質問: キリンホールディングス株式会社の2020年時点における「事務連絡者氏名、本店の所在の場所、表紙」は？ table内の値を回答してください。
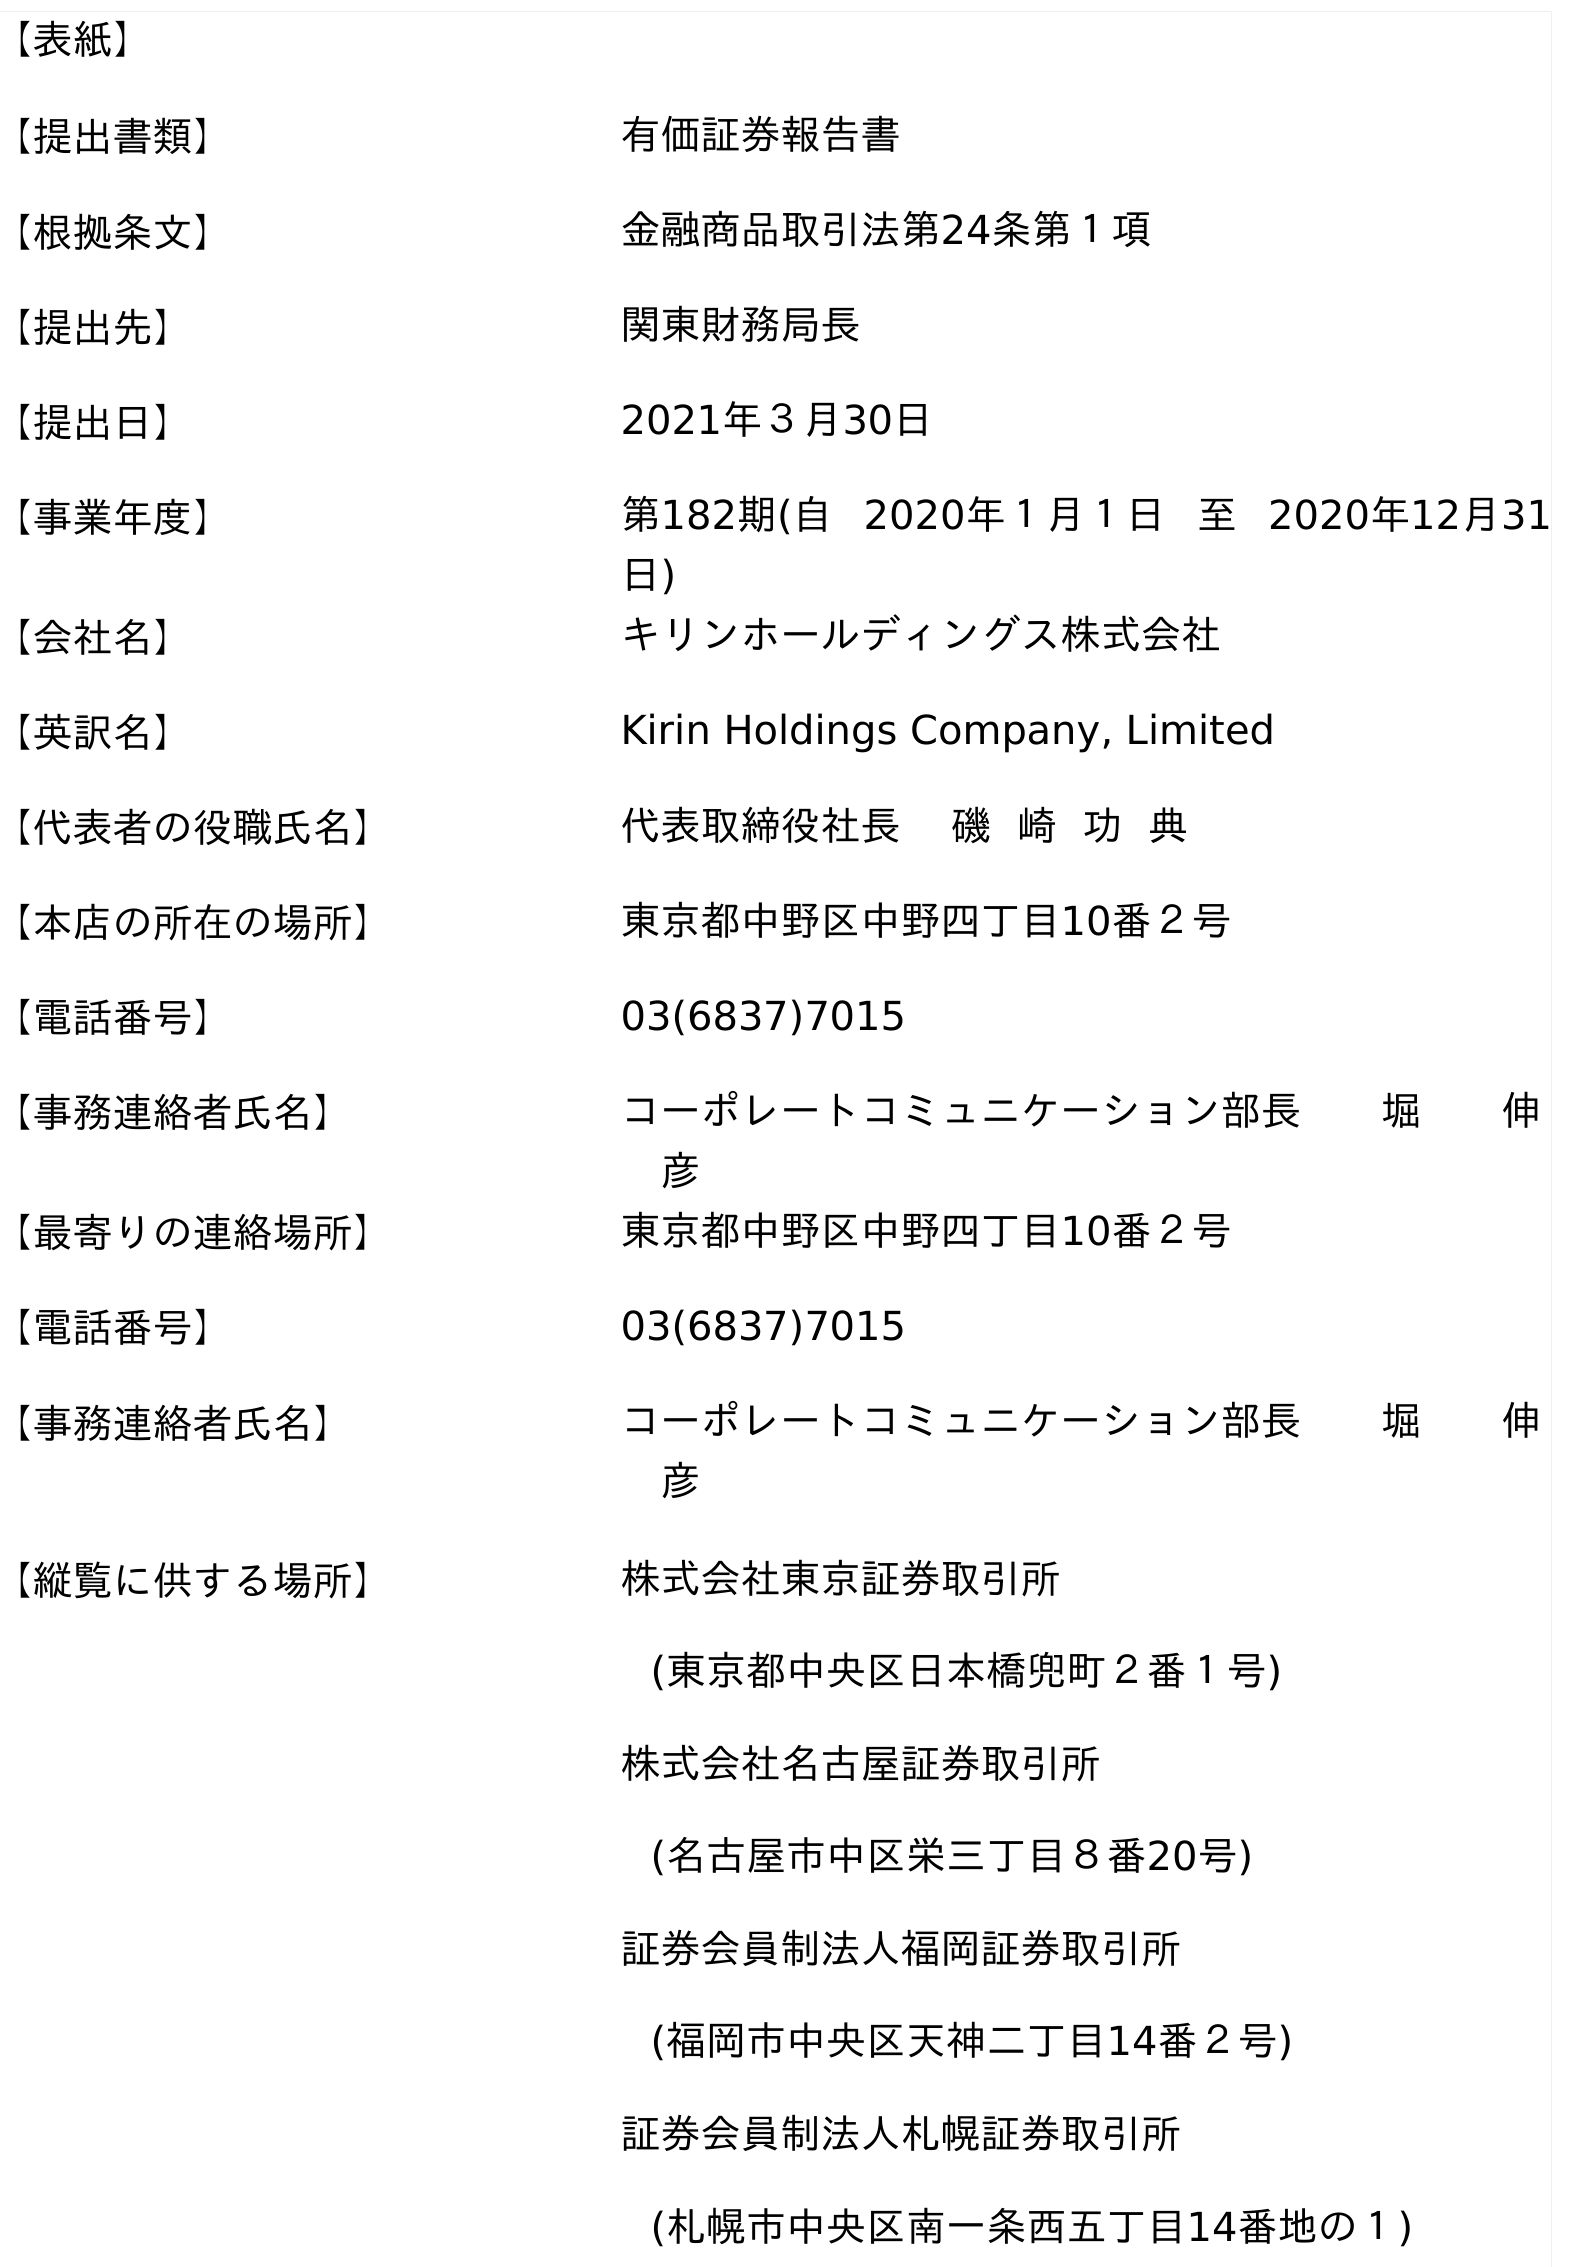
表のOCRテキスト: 【表紙】 【提出書類】 有価証券報告書 【根拠条文】 金融商品取引法第24条第１項 【提出先】 関東財務局長 【提出日】 2021年３月30日 【事業年度】 第182期(自 2020年１月１日 至 2020年12月31 日) 【会社名】 キリンホールディングス株式会社 【英訳名】 Kirin Holdings Company, Limited 【代表者の役職氏名】 代表取締役社長 磯 崎 功 典 【本店の所在の場所】 東京都中野区中野四丁目10番２号 【電話番号】 03(6837)7015 【事務連絡者氏名】 コーポレートコミュニケーション部長  堀  伸  彦 【最寄りの連絡場所】 東京都中野区中野四丁目10番２号 【電話番号】 03(6837)7015 【事務連絡者氏名】 コーポレートコミュニケーション部長  堀  伸  彦 【縦覧に供する場所】 株式会社東京証券取引所 (東京都中央区日本橋兜町２番１号) 株式会社名古屋証券取引所 (名古屋市中区栄三丁目８番20号) 証券会員制法人福岡証券取引所 (福岡市中央区天神二丁目14番２号) 証券会員制法人札幌証券取引所 (札幌市中央区南一条西五丁目14番地の１)
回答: コーポレートコミュニケーション部長堀伸　彦